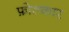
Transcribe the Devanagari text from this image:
फ़ोल्कार